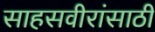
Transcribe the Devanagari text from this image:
साहसवीरांसाठी